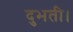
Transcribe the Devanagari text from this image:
दुभती।